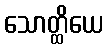
သောတ္ထိယေ